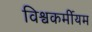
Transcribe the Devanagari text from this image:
विश्वकर्मीयम